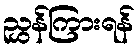
ညွှန်ကြားရန်